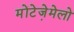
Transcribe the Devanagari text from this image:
मोंटेजे़मेलो